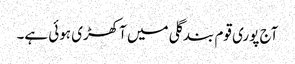
آج پوری قوم بندگلی میں آکھڑی ہوئی ہے۔